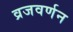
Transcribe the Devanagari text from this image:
व्रजवर्णन